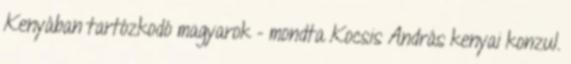
Kenyában tartózkodó magyarok - mondta Kocsis András kenyai konzul.